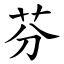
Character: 芬